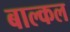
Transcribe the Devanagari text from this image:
बाल्कल